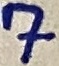
Text: 7